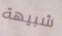
شبيهة